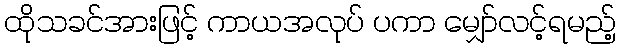
ထိုသခင်အားဖြင့် ကာယအလုပ် ပကာ မျှော်လင့်ရမည့်